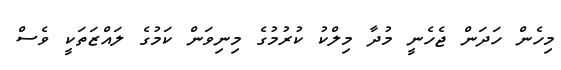
މިހެން ހަދަން ޖެހެނީ މުދާ މިލްކު ކުރުމުގެ މިނިވަން ކަމުގެ ލައްޒަތަކީ ވެސް